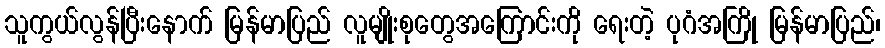
သူကွယ်လွန်ပြီးနောက် မြန်မာပြည် လူမျိုးစုတွေအကြောင်းကို ရေးတဲ့ ပုဂံအကြို မြန်မာပြည်၊